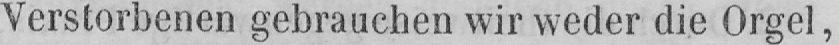
Verstorbenen gebrauchen wir weder die Orgel,